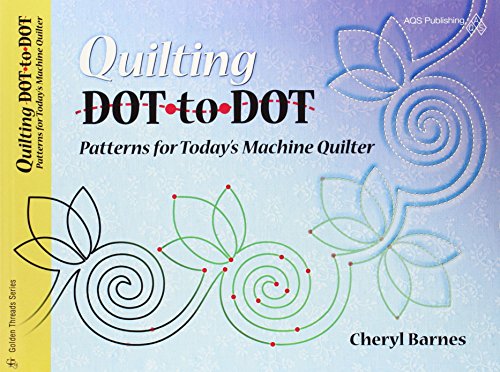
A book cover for Quilting Dot-To-Dot Patterns for Today's Machine Quilter (Golden Threads); Cheryl Barnes; Crafts, Hobbies & Home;